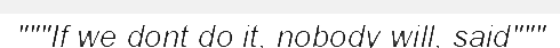
"""If we dont do it, nobody will, said"""